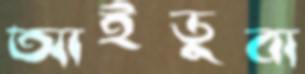
আইডুবা